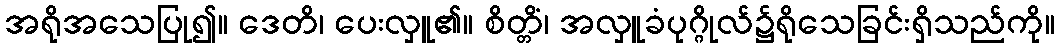
အရိုအသေပြု၍။ ဒေတိ၊ ပေးလှူ၏။ စိတ္တိံ၊ အလှူခံပုဂ္ဂိုလ်၌ရိုသေခြင်းရှိသည်ကို။